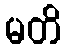
မတိ